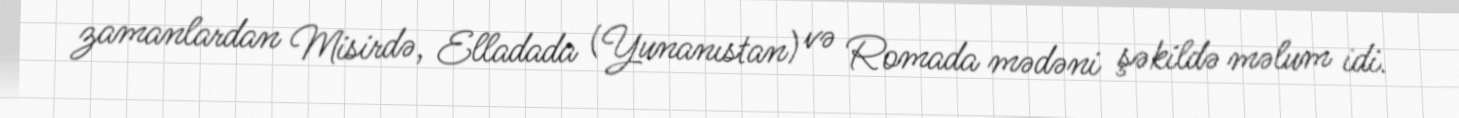
zamanlardan Misirdə, Elladada (Yunanıstan) və Romada mədəni şəkildə məlum idi.